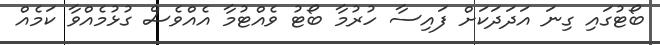
ބޯޓުގައި ގިނަ އަދަދަކަށް ފައިސާ ހުރުމާ ބޯޓު ވެއްޓުމާ އެއްވެސް ގުޅުމެއްވާ ކަމެއް